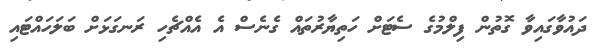
ދައުވާގައިވާ ގޮތުން ފިލްމުގެ ސެޓަށް ހަތިޔާރުތައް ގެނެސް އެ އެއްޗެހި ރަނގަޅަށް ބަލަހައްޓައި